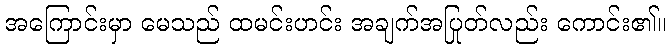
အကြောင်းမှာ မေသည် ထမင်းဟင်း အချက်အပြုတ်လည်း ကောင်း၏။